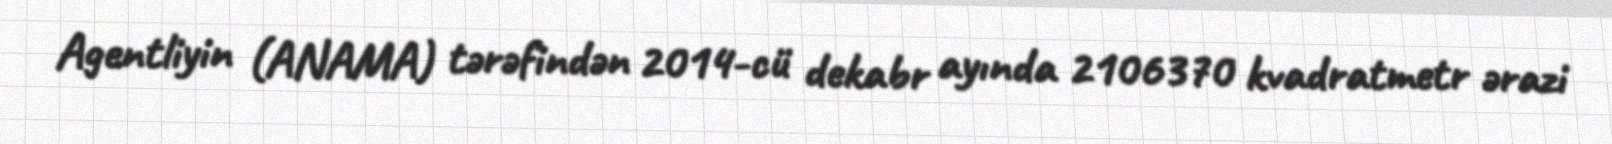
Agentliyin (ANAMA) tərəfindən 2014-cü dekabr ayında 2106370 kvadratmetr ərazi